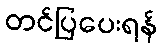
တင်ပြပေးရန်